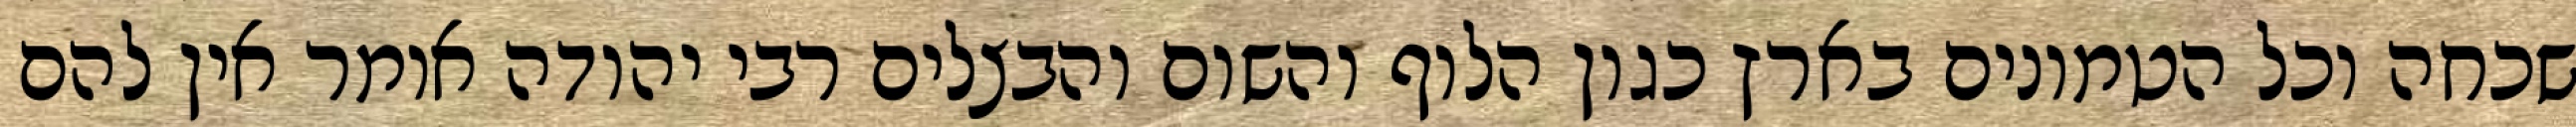
שכחה וכל הטמונים בארץ כגון הלוף והשום והבצלים רבי יהודה אומר אין להם